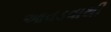
આવડવાથી